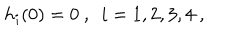
h _ { i } ( 0 ) = 0 \ , \ \ i = 1 , 2 , 3 , 4 \ , \nonumber